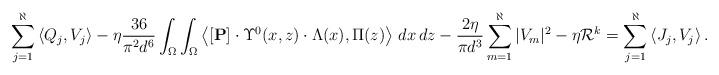
LaTeX: \begin{align*}\sum_{j = 1}^\aleph\left\langle Q_j, V_j\right\rangle-\eta \frac{36}{\pi^2 d^6}\int_{\Omega}\int_{\Omega}\left\langle [\mathbf{P}]\cdot\Upsilon^0(x, z)\cdot \Lambda(x), \Pi(z)\right\rangle\,dx\,dz-\frac{2\eta }{\pi d^3}\sum_{m=1}^\aleph|V_m|^2-\eta \mathcal{R}^k= \sum_{j = 1}^\aleph\left\langle J_j, V_j\right\rangle.\end{align*}